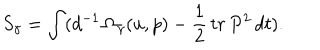
S _ { \gamma } = \int ( d ^ { - 1 } \, \Omega _ { \gamma } ( u , p ) - \frac { 1 } { 2 } \, t r \, P ^ { 2 } \, d t ) .